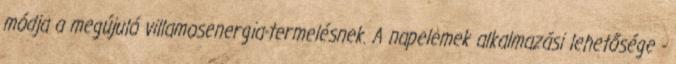
módja a megújuló villamosenergia-termelésnek. A napelemek alkalmazási lehetősége -